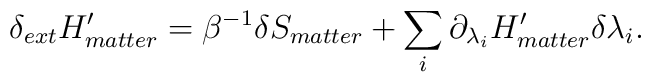
\delta_{ext}H^\prime_{matter}=\beta^{-1}\delta S_{matter}+\sum_i\partial_{\lambda_i}H^\prime_{matter}\delta\lambda_i.